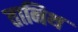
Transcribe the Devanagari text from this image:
तानिथ